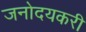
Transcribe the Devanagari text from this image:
जनोदयकरी